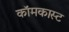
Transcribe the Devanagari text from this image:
कॉमकास्‍ट